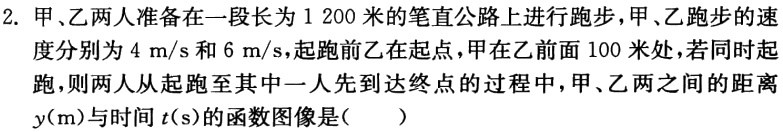
2. 甲、乙两人准备在一段长为$1200$米的笔直公路上进行跑步，甲、乙跑步的速度分别为$4\ m/s$和$6\ m/s$，起跑前乙在起点，甲在乙前面$100$米处，若同时起跑，则两人从起跑至其中一人先到达终点的过程中，甲、乙两人之间的距离$y( m)$与时间$t( s)$的函数图像是( )